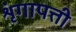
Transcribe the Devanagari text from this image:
शृंगापत्ती